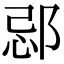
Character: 𨛑